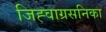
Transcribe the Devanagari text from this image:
जिह्वाग्रसनिका